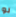
لو